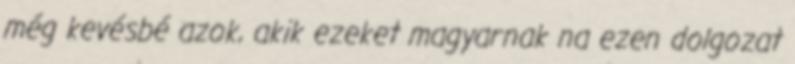
még kevésbé azok, akik ezeket magyarnak na ezen dolgozat